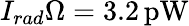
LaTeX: I_{rad}\Omega=3.2\, \mathrm{pW}